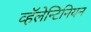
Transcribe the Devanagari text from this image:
व्हॅलेन्टिनियन